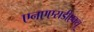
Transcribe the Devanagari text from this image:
एनएएसडीएक्यू